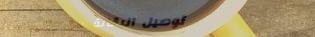
توصيل البقالة من وإلى منز